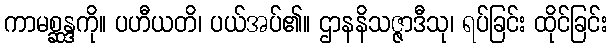
ကာမစ္ဆန္ဒကို။ ပဟီယတိ၊ ပယ်အပ်၏။ ဌာနနိသဇ္ဇာဒီသု၊ ရပ်ခြင်း ထိုင်ခြင်း